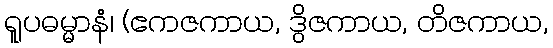
ရူပဓမ္မာနံ၊ (ဧကဇကာယ, ဒွိဇကာယ, တိဇကာယ,